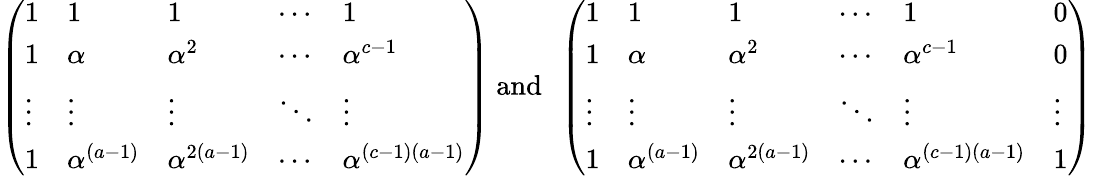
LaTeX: \left(\begin{array}{lllll}{1}&{1}&{1}&{\cdots}&{1}\\ {1}&{\alpha}&{\alpha^{2}}&{\cdots}&{\alpha^{c-1}}\\ {\vdots}&{\vdots}&{\vdots}&{\ddots}&{\vdots}\\ {1}&{\alpha^{(a-1)}}&{\alpha^{2(a-1)}}&{\cdots}&{\alpha^{(c-1)(a-1)}}\end{array}\right)\mathrm{\ and~\ }\left(\begin{array}{llllll}{1}&{1}&{1}&{\cdots}&{1}&{0}\\ {1}&{\alpha}&{\alpha^{2}}&{\cdots}&{\alpha^{c-1}}&{0}\\ {\vdots}&{\vdots}&{\vdots}&{\ddots}&{\vdots}&{\vdots}\\ {1}&{\alpha^{(a-1)}}&{\alpha^{2(a-1)}}&{\cdots}&{\alpha^{(c-1)(a-1)}}&{1}\end{array}\right)